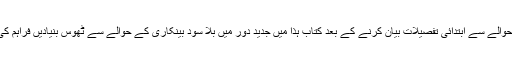
سود کے حوالے سے ابتدائی تفصیلات بیان کرنے کے بعد کتاب ہٰذا میں جدید دور میں بلا سود بینکاری کے حوالے سے ٹھوس بنیادیں فراہم کی گئی ہیں۔